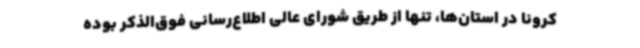
کرونا در استان‌ها، تنها از طریق شورای عالی اطلاع‌رسانی فوق‌الذکر بوده